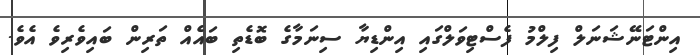
އިންޓަނޭޝަނަލް ފިލްމު ފެސްޓިވަލްގައި އިންޑިޔާ ސިނަމާގެ ބޮޑެތި ބައެއް ތަރިން ބައިވެރިވެ އެވެ.